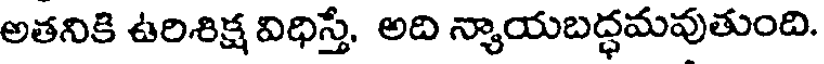
అతనికి ఉరిశిక్ష విధిస్తే, అది న్యాయబద్ధమవుతుంది.